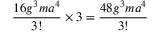
\frac { 1 6 g ^ { 3 } m a ^ { 4 } } { 3 ! } \times 3 = \frac { 4 8 g ^ { 3 } m a ^ { 4 } } { 3 ! }